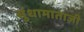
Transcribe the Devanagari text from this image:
सुंधामाताजी